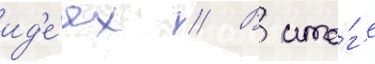
ид'е́ях // В ито́г'е